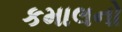
કમાલનો